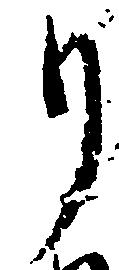
り